画像に写った文字を読んでください
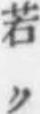
「若ク」と書いてあります